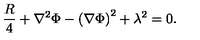
{ \frac { R } { 4 } } + \nabla ^ { 2 } \Phi - { \left( \nabla \Phi \right) } ^ { 2 } + \lambda ^ { 2 } = 0 .